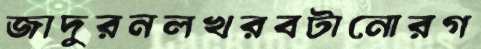
জাদুরনলখরবটানোরগ